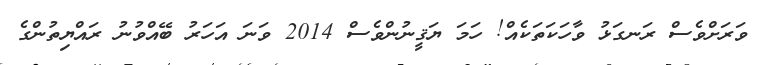
ވަރަށްވެސް ރަނގަޅު ވާހަކަތަކެއް! ހަމަ ޔަޤީނުންވެސް 2014 ވަނަ އަހަރު ބޭއްވުނު ރައްޔިތުންގެ